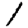
Digit: 1